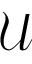
\mathcal { U }